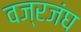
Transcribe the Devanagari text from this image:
वज्रजंघ